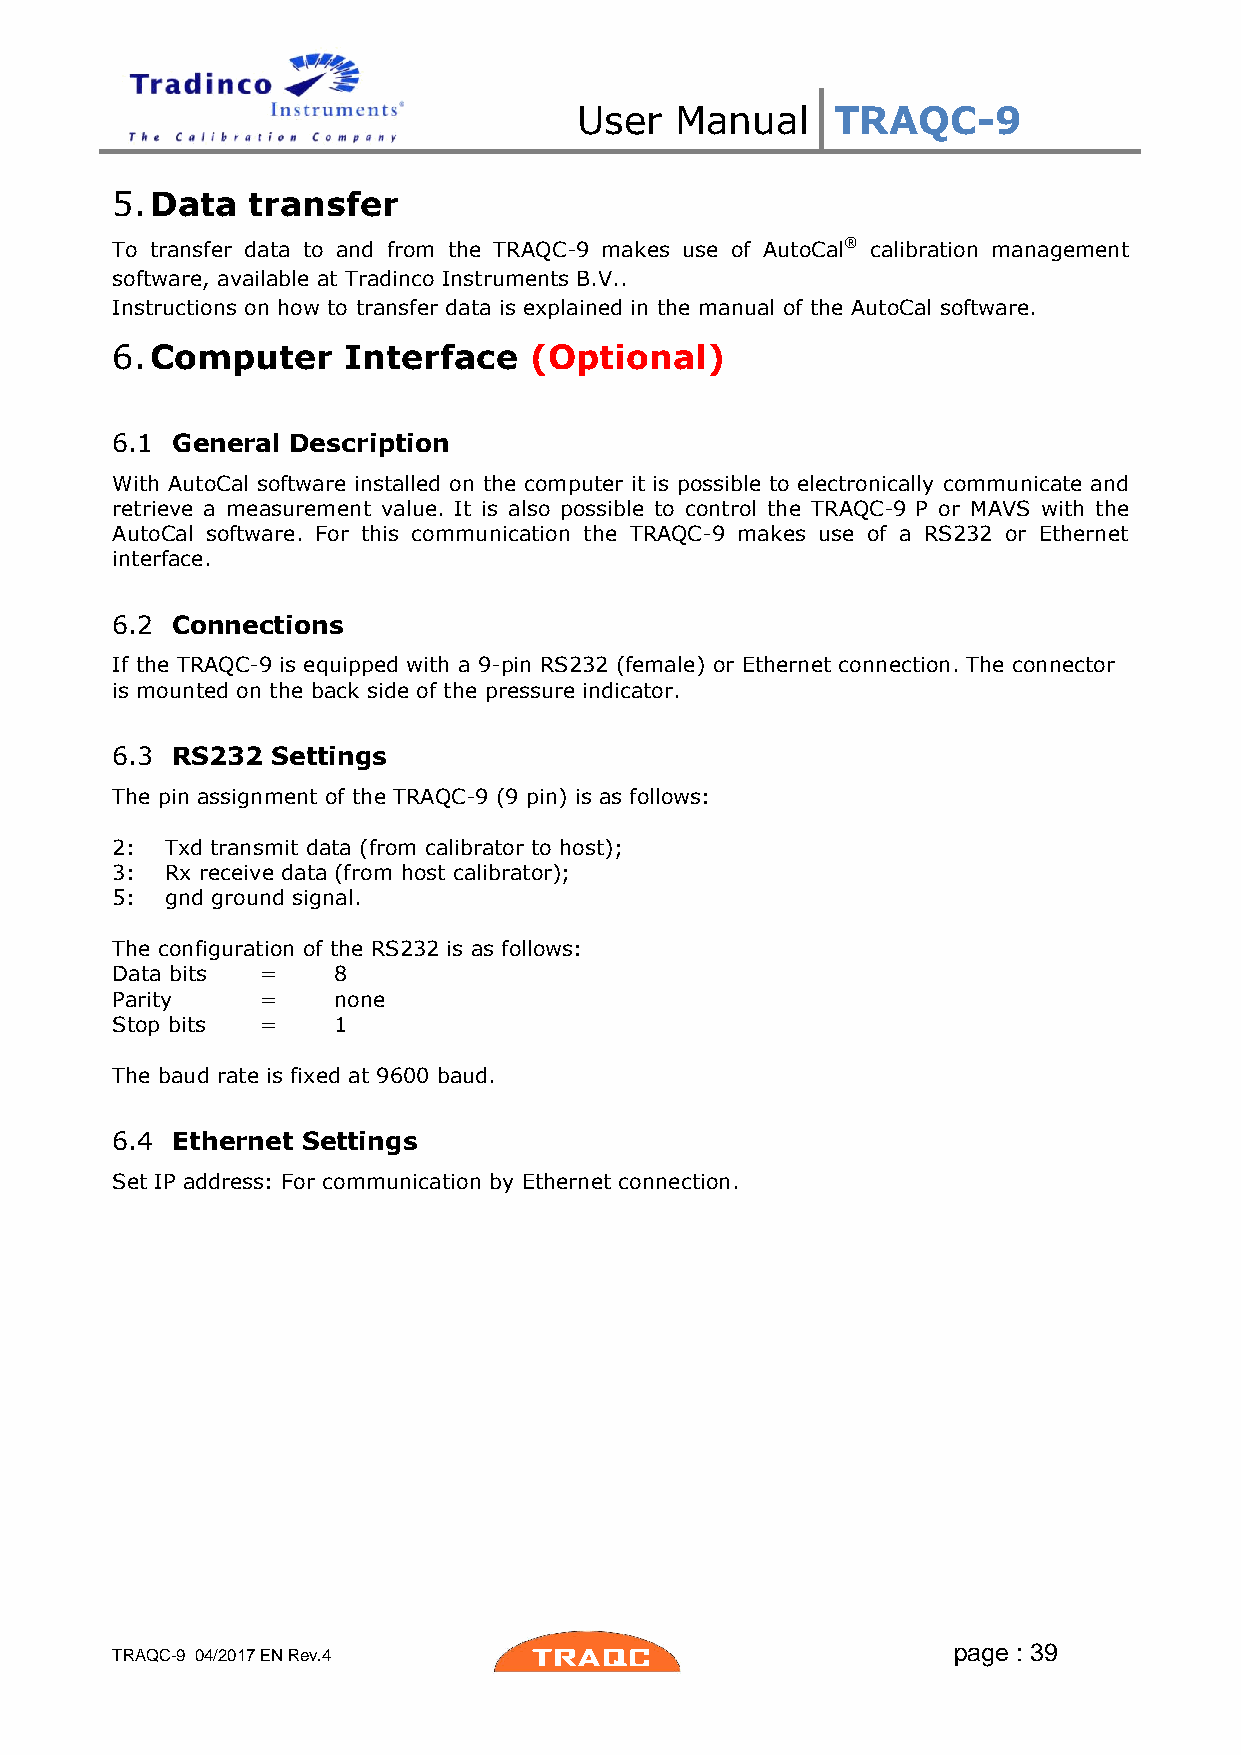
User   Manual    TRAQC-9
 5. Data  transfer
 To transfer data to and from the TRAQC-9 makes use of AutoCal® calibration management
 software, available at Tradinco Instruments B.V..
 Instructions on how to transfer data is explained in the manual of the AutoCal software.
 6. Computer     Interface   (Optional)
 6.1 General Description
 With AutoCal software installed on the computer it is possible to electronically communicate and
 retrieve a measurement value. It is also possible to control the TRAQC-9 P or MAVS with the
 AutoCal software. For this communication the TRAQC-9 makes use of a RS232 or Ethernet
 interface.
 6.2 Connections
 If the TRAQC-9 is equipped with a 9-pin RS232 (female) or Ethernet connection. The connector
 is mounted on the back side of the pressure indicator.
 6.3 RS232  Settings
 The pin assignment of the TRAQC-9 (9 pin) is as follows:
 2:  Txd transmit data (from calibrator to host);
 3:  Rx receive data (from host calibrator);
 5:  gnd ground signal.
 The configuration of the RS232 is as follows:
 Data bits =    8
 Parity    =    none
 Stop bits =    1
 The baud rate is fixed at 9600 baud.
 6.4 Ethernet Settings
 Set IP address: For communication by Ethernet connection.
 page : 39
 TRAQC-9 04/2017 EN Rev.4